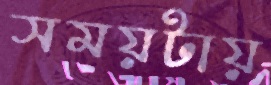
সময়টায়